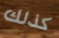
كذلك